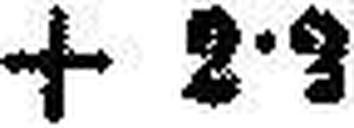
+ 2·3